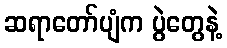
ဆရာတော်ပျံက ပွဲတွေနဲ့